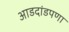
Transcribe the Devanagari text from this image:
आडदांडपणा